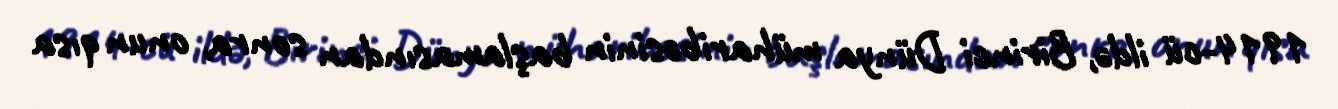
1914-cü ildə, Birinci Dünya müharibəsinin başlamasından sonra, onun qısa